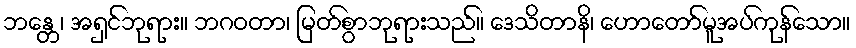
ဘန္တေ၊ အရှင်ဘုရား။ ဘဂဝတာ၊ မြတ်စွာဘုရားသည်။ ဒေသိတာနိ၊ ဟောတော်မူအပ်ကုန်သော။